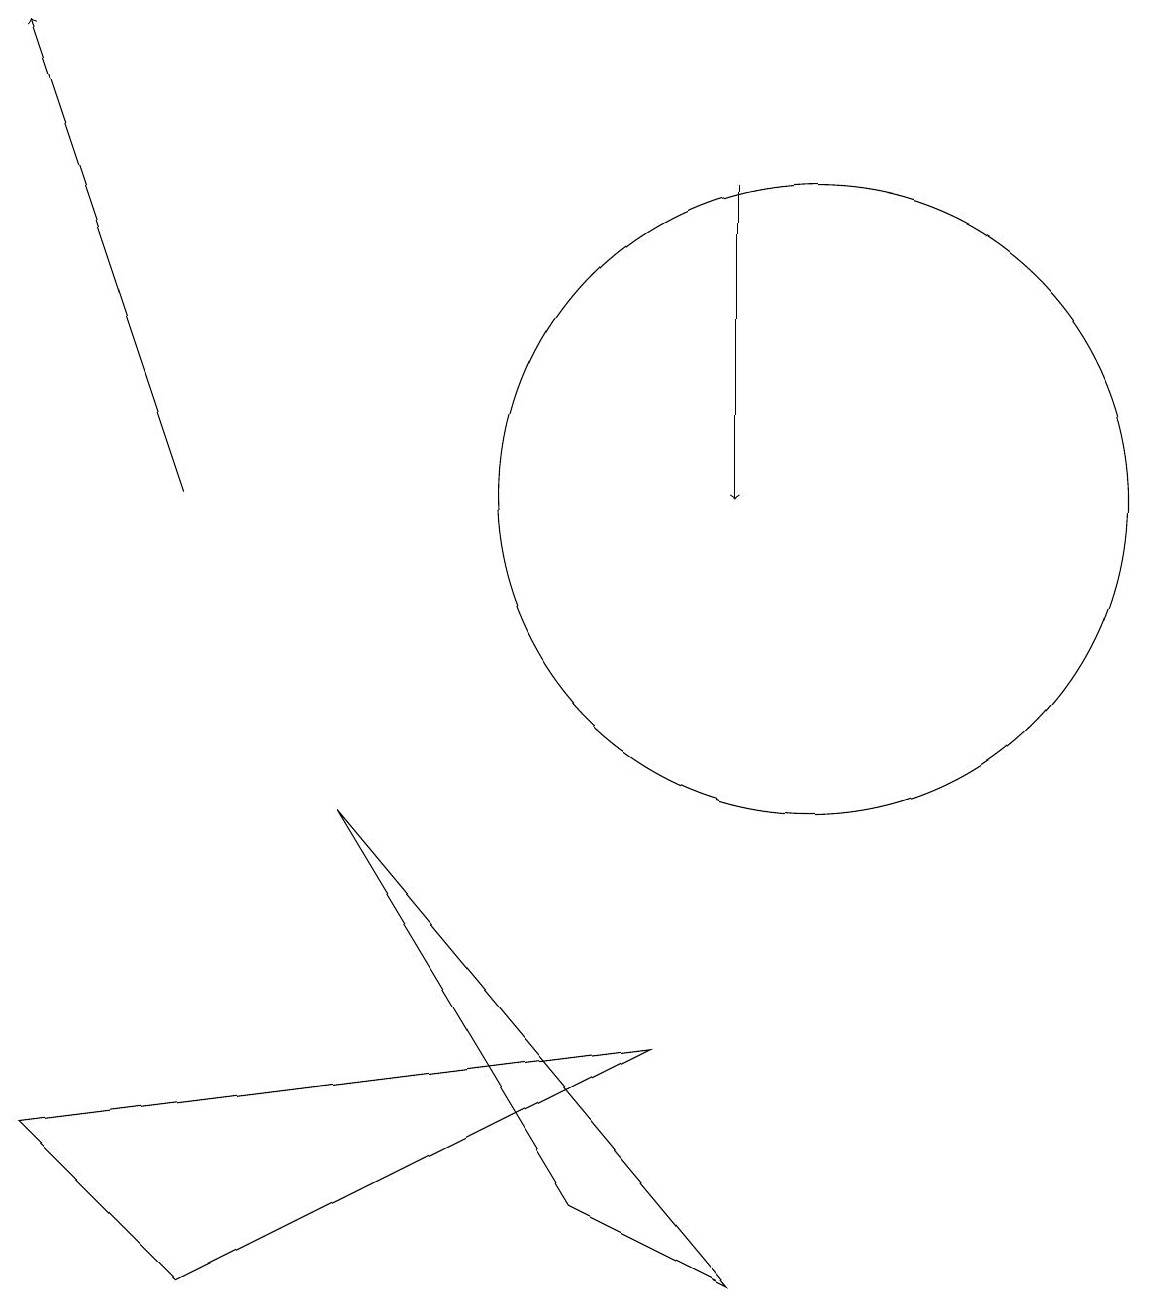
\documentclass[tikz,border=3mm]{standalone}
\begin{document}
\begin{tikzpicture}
\draw (8,4) -- (2,1) -- (0,3) -- cycle;
\draw (4,7) -- (7,2) -- (9,1) -- cycle;
\draw[->] (2,11) -- (0,17);
\draw (10,11) circle (4);
\draw[->] (9,15) -- (9,11);
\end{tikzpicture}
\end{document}